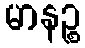
မာနဉ္စ